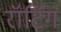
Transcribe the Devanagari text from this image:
रॉटिंग